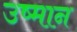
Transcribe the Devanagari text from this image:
उष्मान